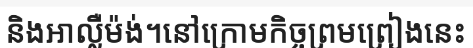
និងអាល្លឺម៉ង់។នៅក្រោមកិច្ចព្រមព្រៀងនេះ